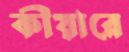
কীয়ারে